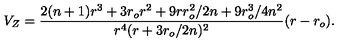
V _ { Z } = { \frac { 2 ( n + 1 ) r ^ { 3 } + 3 r _ { o } r ^ { 2 } + 9 r r _ { o } ^ { 2 } / 2 n + 9 r _ { o } ^ { 3 } / 4 n ^ { 2 } } { r ^ { 4 } ( r + 3 r _ { o } / 2 n ) ^ { 2 } } } ( r - r _ { o } ) .